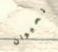
لحيوان